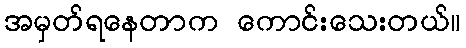
အမှတ်ရနေတာက ကောင်းသေးတယ်။